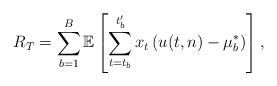
LaTeX: \begin{align*}R_T = \sum_{b=1}^{B} \mathbb{E}\left[\sum_{t=t_b}^{t'_b}x_t\left(u(t,n)-\mu_b^*\right)\right],\end{align*}